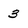
Character: 3